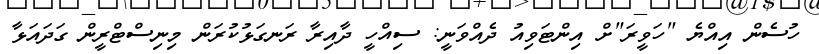
ހުސެން އިއްޔެ "ހަވީރަ"ށް އިންޓަވިއު ދެއްވަނީ: ސިއްހީ ދާއިރާ ރަނގަޅުކުރަން މިނިސްޓްރީން ގަދައަޅާ